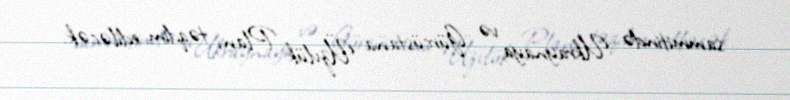
sammitində Ukraynaya və Gürcüstana Üzvlük Planı təqdim ediləcək.